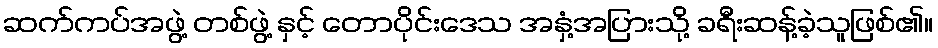
ဆက်ကပ်အဖွဲ့ တစ်ဖွဲ့ နှင့် တောပိုင်းဒေသ အနှံ့အပြားသို့ ခရီးဆန့်ခဲ့သူဖြစ်၏။